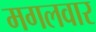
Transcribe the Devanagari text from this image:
मगलवार